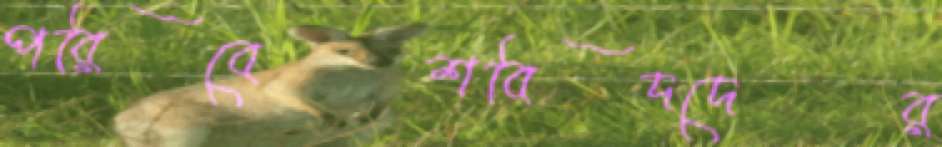
পরিবেশবিদদের